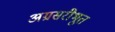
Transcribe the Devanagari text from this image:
अग्रसरीभूत